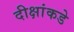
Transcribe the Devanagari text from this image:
दीक्षांकडे